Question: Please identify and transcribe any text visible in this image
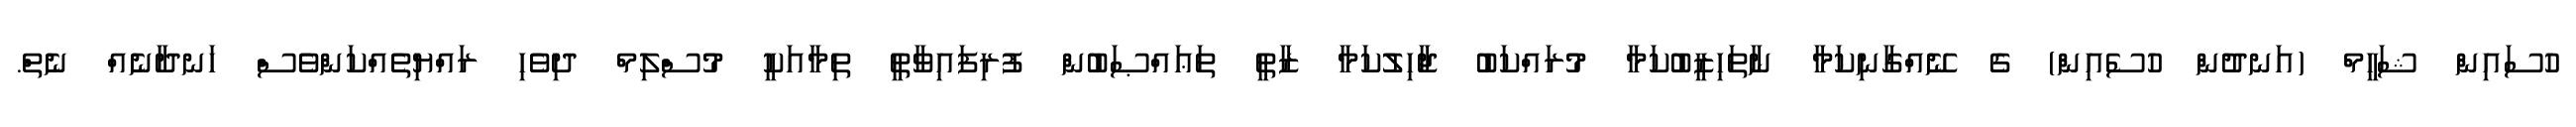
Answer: ހުސައިން ޝަހީމް (އަނދުން ހުސެއިން) ގެ ނޭއްގާނިކަމާ ނާތަހިޒީބުކަމާ މުރައްކަބު ޖާހިލުކަމާ ޒާތީ ތަޢައްޞަބުން ފުރިފައިވާތީ ތިމާއަކީ މުސްލިމް ދިވެހި ރައްޔިތެއްކަންވެސް ހަނދާނެއް ނެތް.